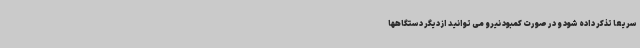
سریعاً تذکر داده شود و در صورت کمبود نیرو می توانید از دیگر دستگاهها